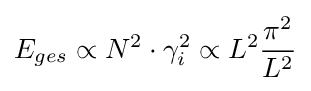
E_{ges}\propto N^{2}\cdot \gamma _{i}^{2}\propto L^{2}{\frac {\pi ^{2}}{L^{2}}}